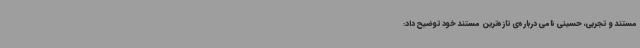
مستند و تجربی، حسینی نامی درباره‌ی تازه‌ترین مستند خود توضیح داد: